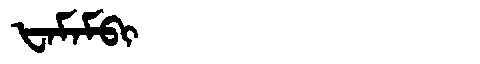
Manchu: ᡶᠠᠮᠠᠮᠪᡳ
Romanization: FAMAMBI